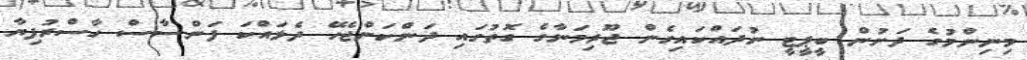
މިނިންމުގެ ދަށުން ބީޕީޓީ ނުދައްކައިގެން ޖޫރިމަނާގެ ގޮތުގައި ދަންކަންޖެހޭ ދެލައްކަ ފަންސާސް ހާސްރުފިޔާ